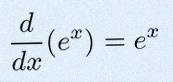
\frac{d}{dx}(e^x)=e^x